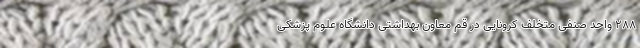
۲۸۸ واحد صنفی متخلف کرونایی در قم معاون بهداشتی دانشگاه علوم پزشکی